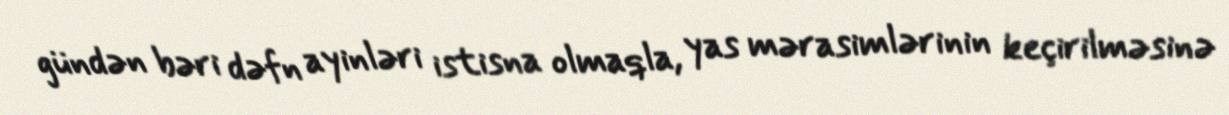
gündən bəri dəfn ayinləri istisna olmaqla, yas mərasimlərinin keçirilməsinə